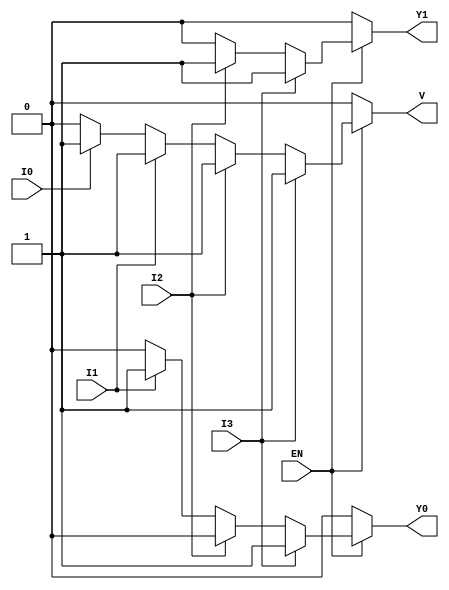
module encoder_4_to_2 (
    input wire I3,    // Input 3
    input wire I2,    // Input 2
    input wire I1,    // Input 1
    input wire I0,    // Input 0
    input wire EN,    // Enable signal
    output reg Y1,    // Output 1
    output reg Y0,    // Output 0
    output reg V      // Valid output
);

always @(*) begin
    // Default state
    Y1 = 0;
    Y0 = 0;
    V = 0;

    if (EN) begin
        if (I3) begin
            Y1 = 1;
            Y0 = 1;
            V = 1;
        end else if (I2) begin
            Y1 = 1;
            Y0 = 0;
            V = 1;
        end else if (I1) begin
            Y1 = 0;
            Y0 = 1;
            V = 1;
        end else if (I0) begin
            Y1 = 0;
            Y0 = 0;
            V = 1;
        end
    end
end

endmodule